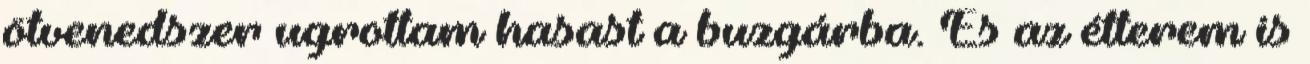
ötvenedszer ugrottam hasast a buzgárba. És az étterem is